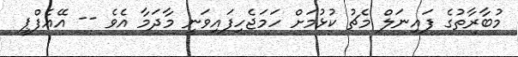
މުބާރާތުގެ ފައިނަލް މެޗު ކުޅުމަށް ހަމަޖެހިފައިވަނީ މާދަމާ އެވެ -- އޭއެފްޕީ